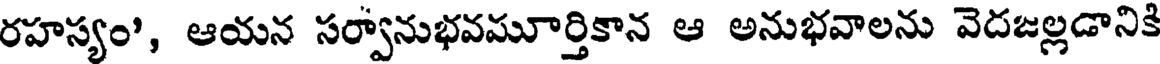
రహస్యం', ఆయన సర్వానుభవమూర్తికాన ఆ అనుభవాలను వెదజల్లడానికి